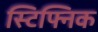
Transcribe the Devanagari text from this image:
स्टिफ्निक